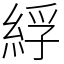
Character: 綒